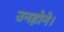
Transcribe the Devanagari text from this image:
उनहोने।